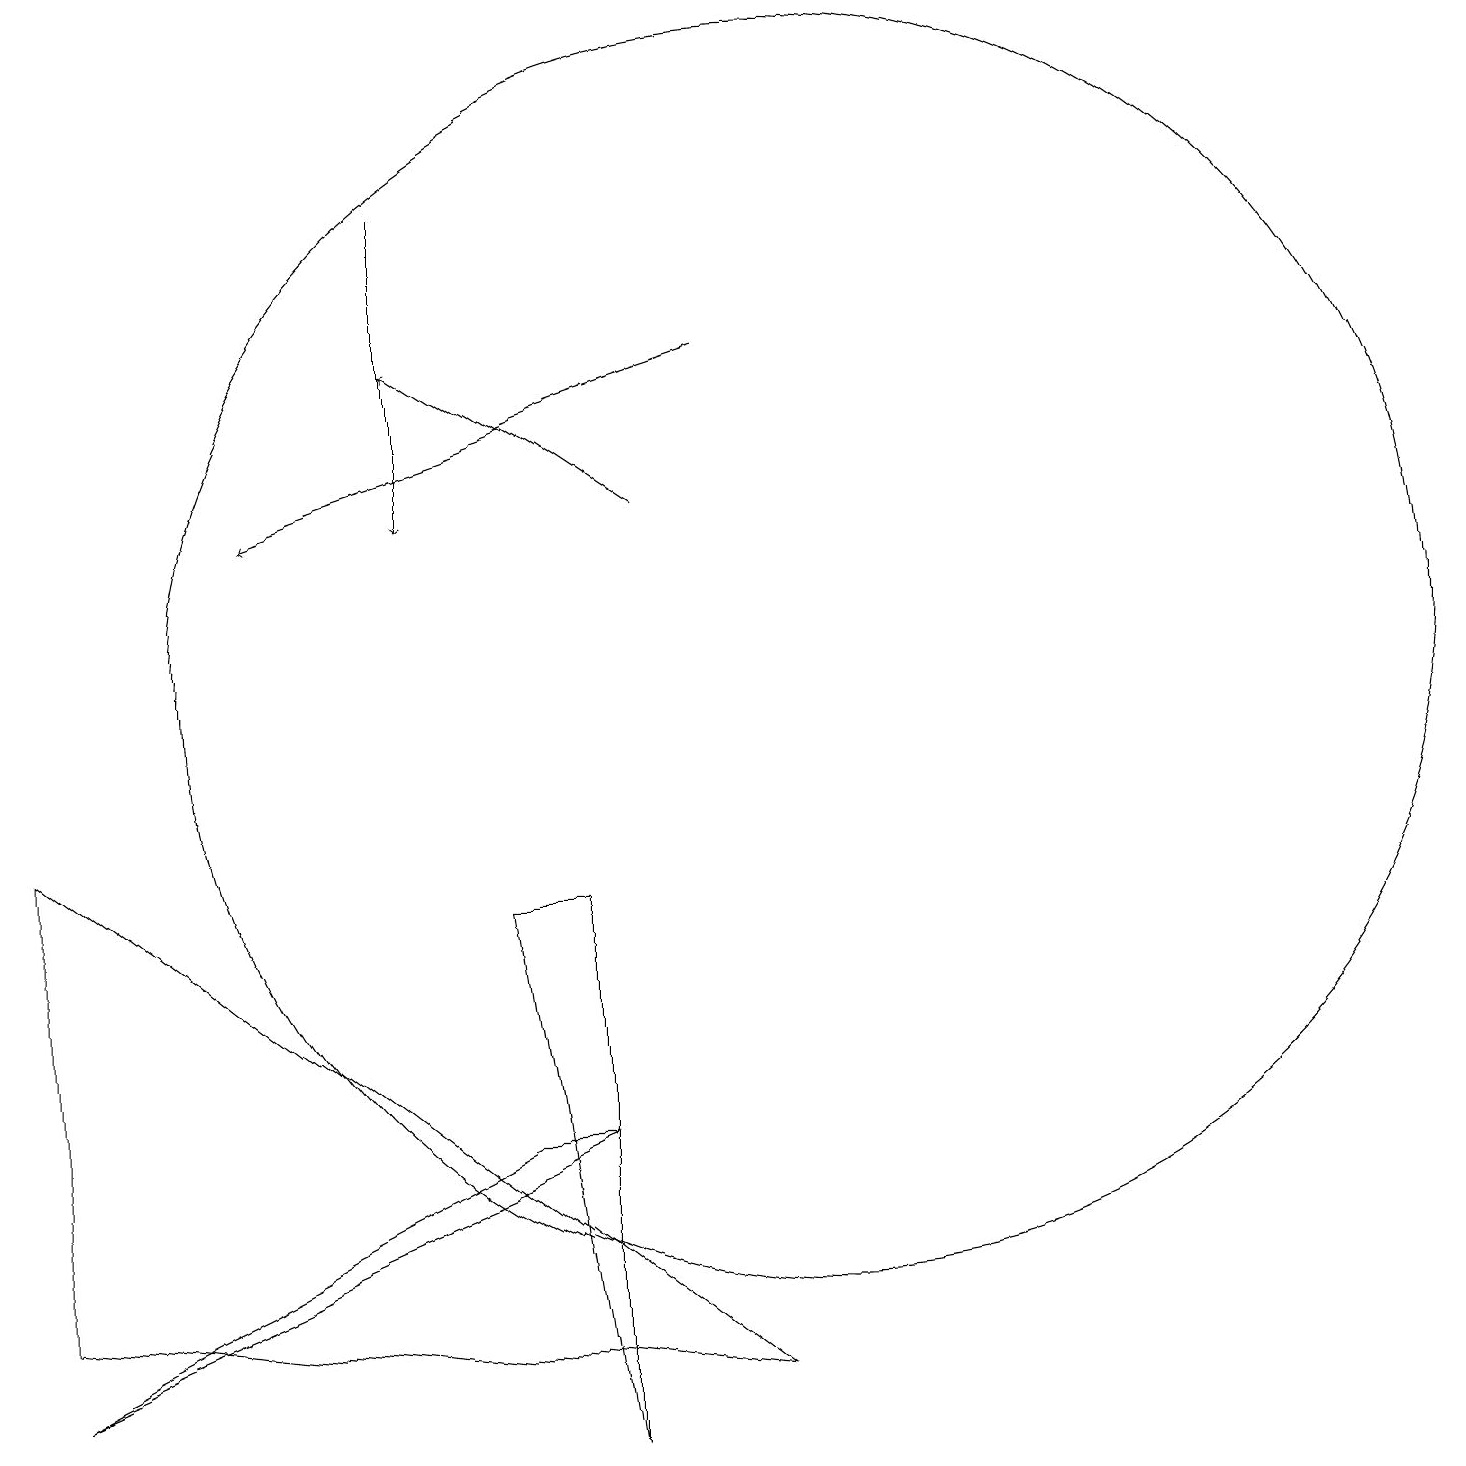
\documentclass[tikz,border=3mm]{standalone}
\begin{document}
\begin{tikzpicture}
\draw[->] (8,13) -- (5,15);
\draw (9,2) -- (0,3) -- (0,9) -- cycle;
\draw (0,2) -- (6,5) -- (7,5) -- cycle;
\draw (11,11) circle (0);
\draw[->] (9,15) -- (3,13);
\draw (10,11) circle (8);
\draw[->] (5,17) -- (5,13);
\draw (7,8) -- (6,8) -- (7,1) -- cycle;
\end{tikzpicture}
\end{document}